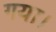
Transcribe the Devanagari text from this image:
गया।